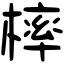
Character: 𣘚